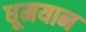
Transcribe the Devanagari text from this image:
धूमयान